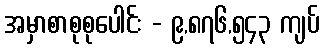
အမှာစာစုစုပေါင်း - ၉,၈၇၆,၅၄၃ ကျပ်